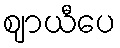
ဈာယီပေ